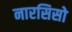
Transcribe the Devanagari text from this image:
नारसिसो